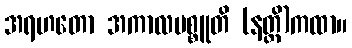
အရဟတော အကာလမစ္စူတိ (နတ္တိ)ကထာ။